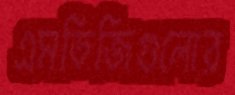
এমডিজিগুলোর